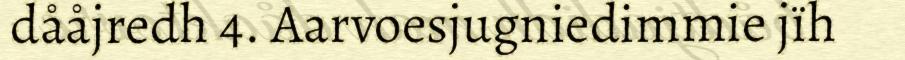
dååjredh 4. Aarvoesjugniedimmie jïh